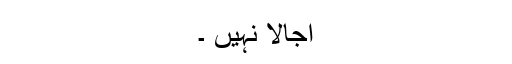
اجالا نہیں ۔